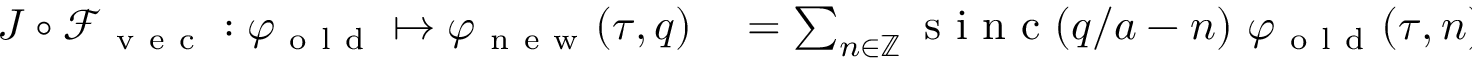
\begin{array} { r l } { J \circ \mathcal { F } _ { \mathrm { ~ v ~ e ~ c ~ } } : \varphi _ { \mathrm { ~ o ~ l ~ d ~ } } \mapsto \varphi _ { \mathrm { ~ n ~ e ~ w ~ } } ( \tau , q ) } & { { } = \sum _ { n \in \mathbb { Z } } \mathrm { ~ s ~ i ~ n ~ c ~ } ( q / a - n ) \ \varphi _ { \mathrm { ~ o ~ l ~ d ~ } } ( \tau , n ) } \end{array}